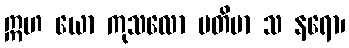
ဣဟ ယော ကုသလော မတိမာ သ နရော၊